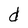
Character: d